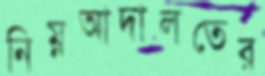
নিম্নআদালতের